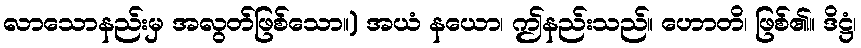
လာသောနည်းမှ အလွတ်ဖြစ်သော။) အယံ နယော၊ ဤနည်းသည်။ ဟောတိ၊ ဖြစ်၏။ ဒိဋ္ဌံ၊